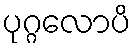
ပုဂ္ဂလောပိ